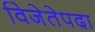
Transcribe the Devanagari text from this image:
विजेतेपदा